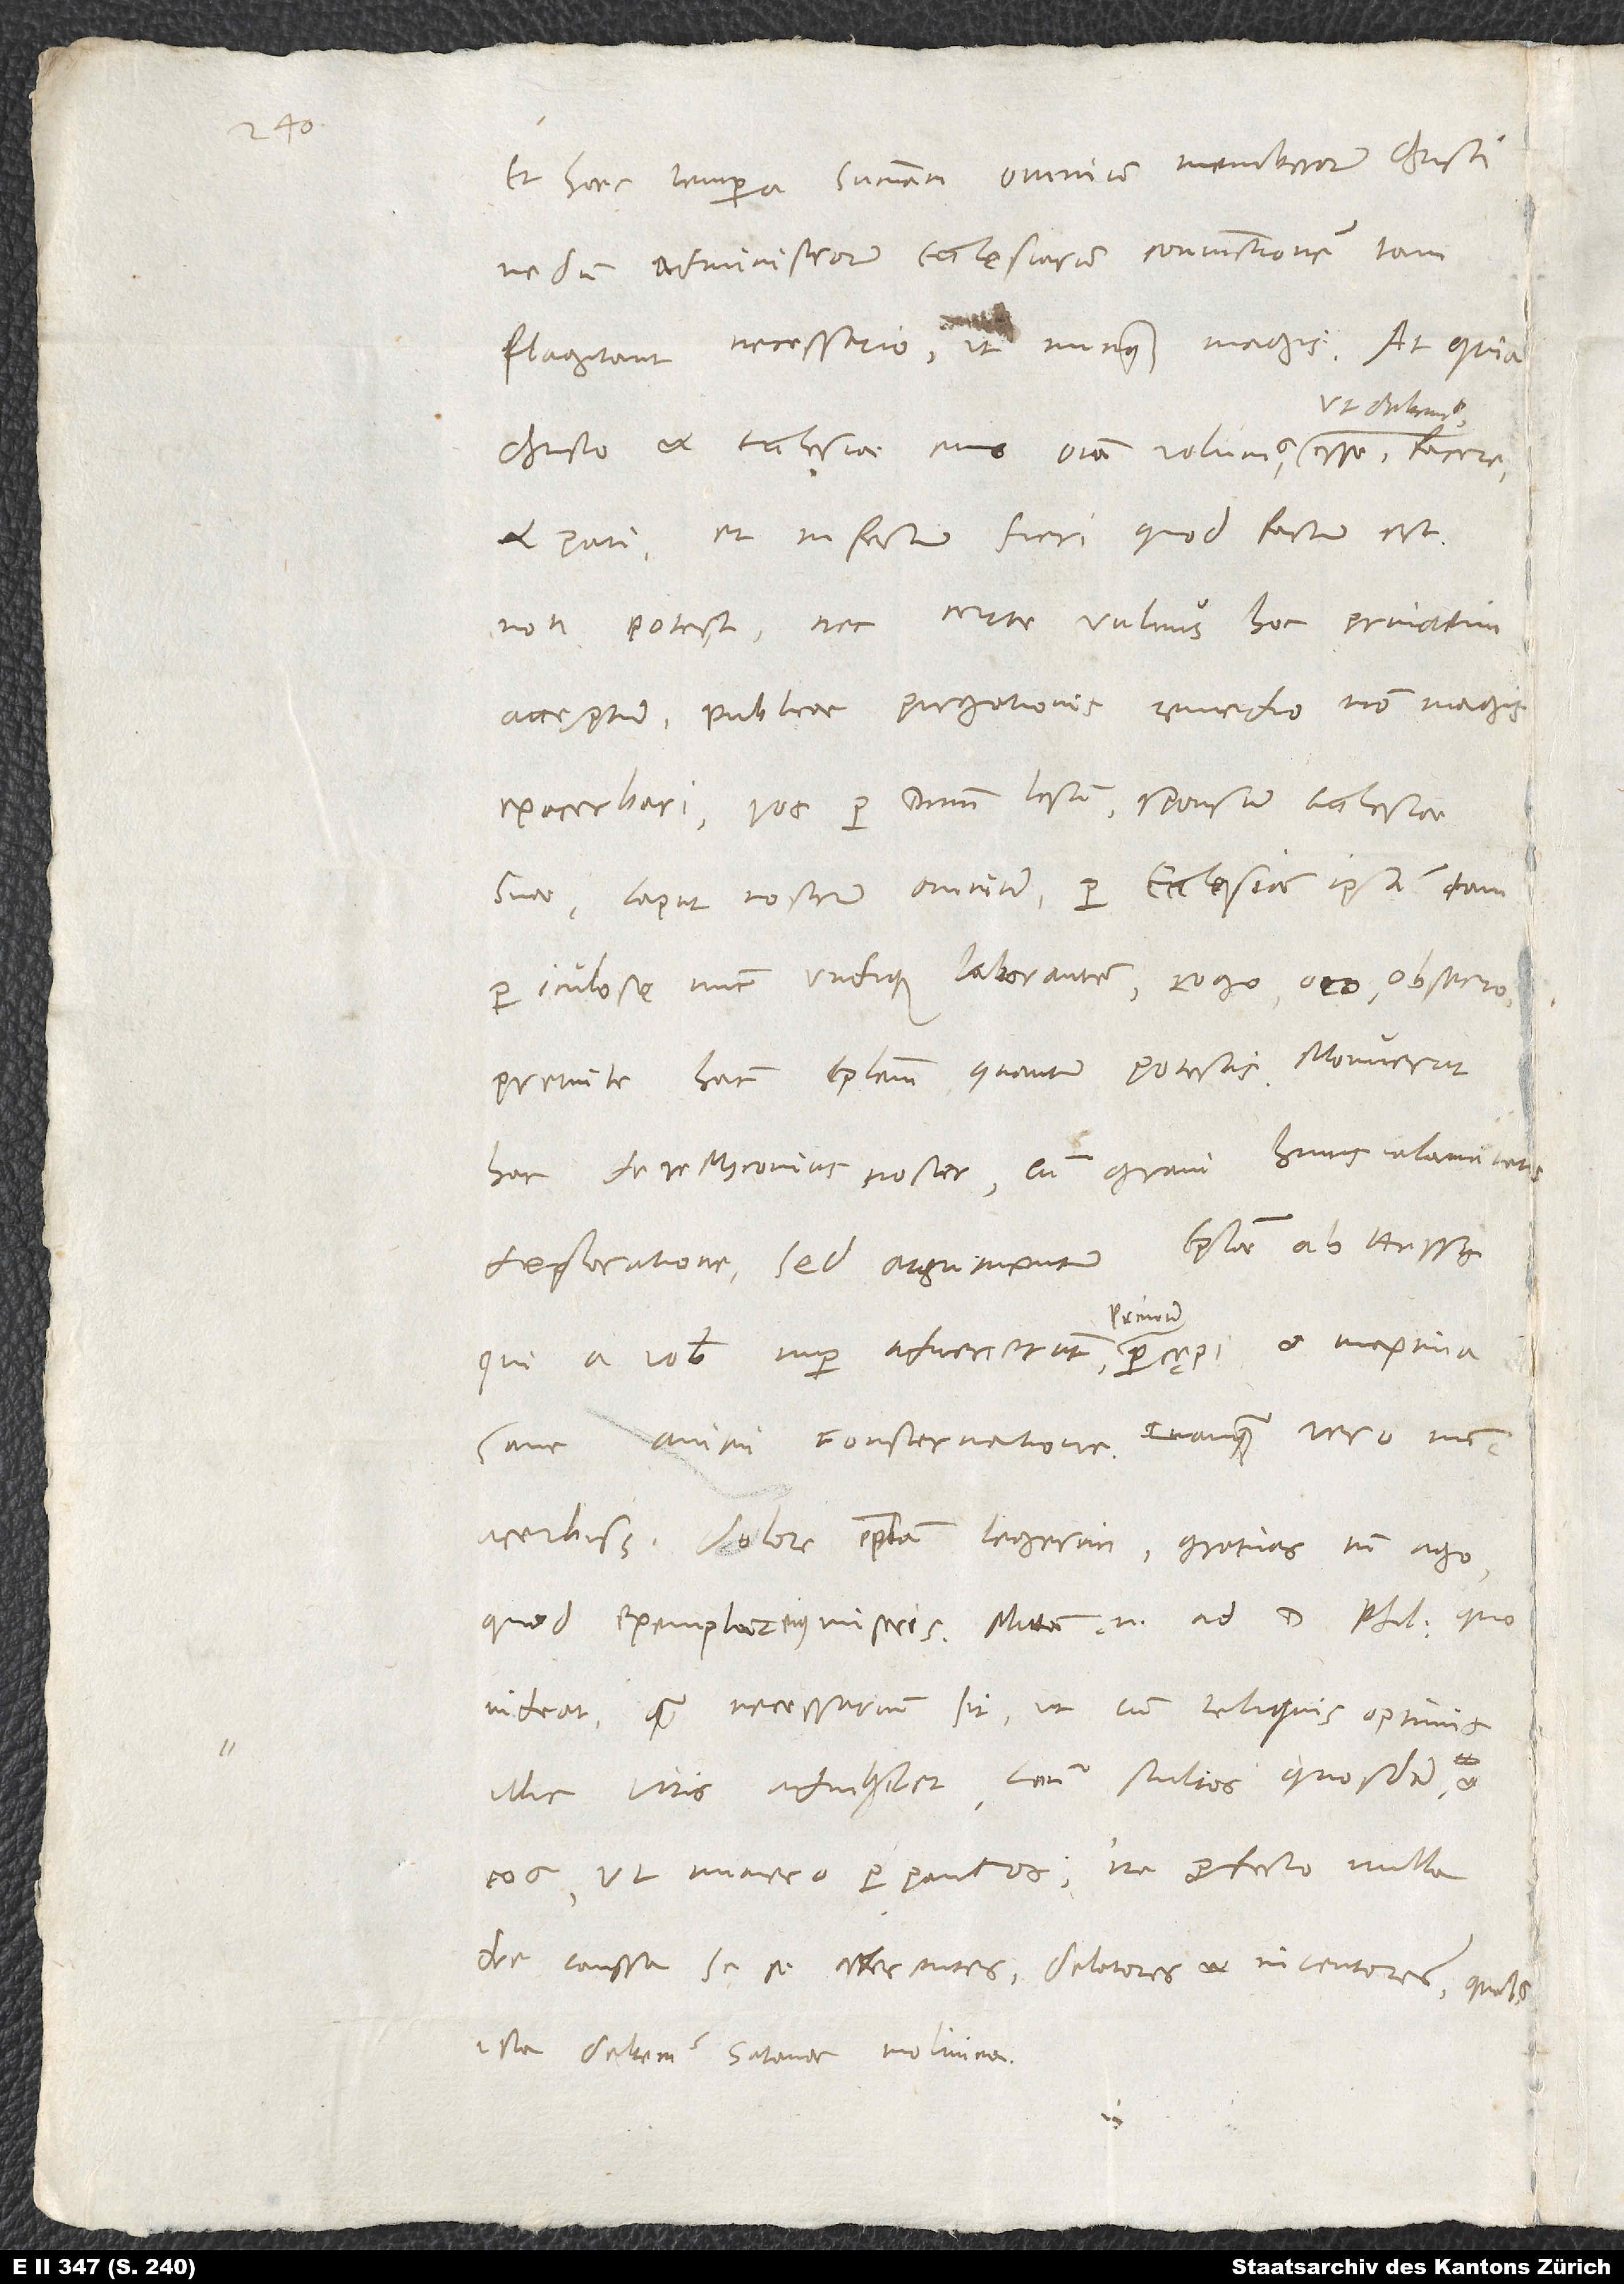
Et haec tempora summam omnium membrorum Christi,
nedum administrorum ecclesiarum coniunctionem tam
flagitant necessario ut nunquam magis. At, quia
et pati, et infectum fieri, quod factum est,
non potest, nec certe vulnus hoc privatim
acceptum publicae purgationis remedio non magis
exacerbari, vos per dominum Iesum, sponsum ecclesiae
suae, caput nostrum omnium, per ecclesiam ipsam tam
periculose nunc undique laborantem rogo, oro, obsecro:
Premite hanc epistolam, quantum potestis. Monuerat
hac de re Myconius noster cum gravi huius calamitatis
deploratione; sed argumentum epistolae ab Hessis,
percepi et maxima
qui a vobis nuper advenerunt,
sane animi consternatione. Quanquam vero nunc
acerbissimo dolore epistolam legerim, gratias tamen ago,
quod exemplar eius miseris. Mittam enim ad d. Philippum, quo
videat, quam necessarium sit, ut cum reliquis optimis
illic viris advigilet contra stultos quosdam et
eos, ut numero perpaucos, ita profecto nulla
de caussa sese afferentes delatores et incentores, quibus
ista debemus satanae molimina.